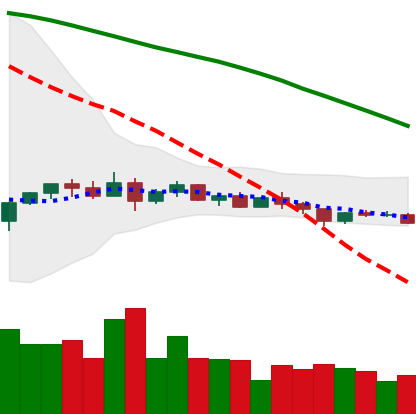
Ticker: XLM-USD
Chart end date: 2022-12-11
Forward return: -11.147%
Label: down_7plus